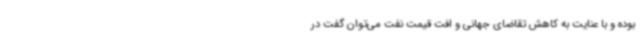
بوده و با عنایت به کاهش تقاضای جهانی و افت قیمت نفت می‌توان گفت در